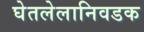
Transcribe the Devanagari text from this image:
घेतलेलानिवडक